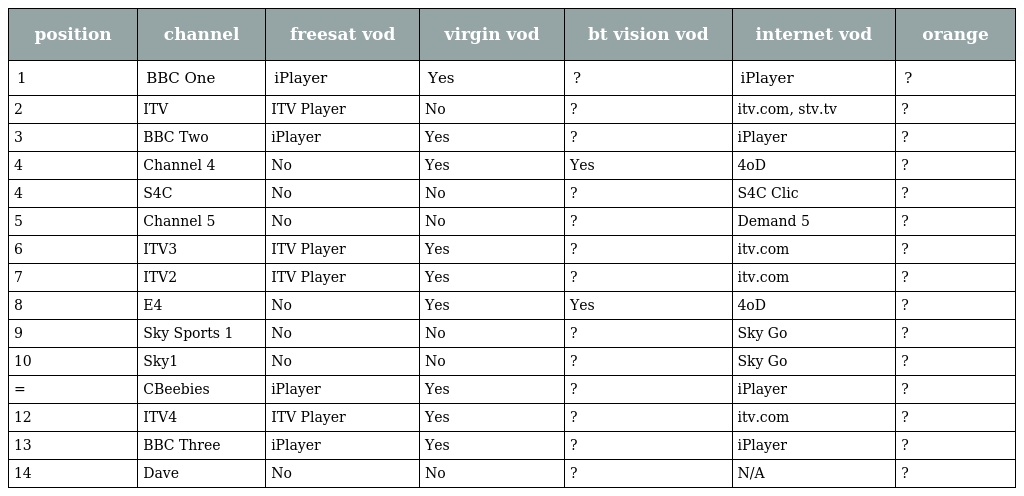
| position | channel | freesat vod | virgin vod | bt vision vod | internet vod | orange |
 | --- | --- | --- | --- | --- | --- | --- |
 | 1 | BBC One | iPlayer | Yes | ? | iPlayer | ? |
 | 2 | ITV | ITV Player | No | ? | itv.com, stv.tv | ? |
 | 3 | BBC Two | iPlayer | Yes | ? | iPlayer | ? |
 | 4 | Channel 4 | No | Yes | Yes | 4oD | ? |
 | 4 | S4C | No | No | ? | S4C Clic | ? |
 | 5 | Channel 5 | No | No | ? | Demand 5 | ? |
 | 6 | ITV3 | ITV Player | Yes | ? | itv.com | ? |
 | 7 | ITV2 | ITV Player | Yes | ? | itv.com | ? |
 | 8 | E4 | No | Yes | Yes | 4oD | ? |
 | 9 | Sky Sports 1 | No | No | ? | Sky Go | ? |
 | 10 | Sky1 | No | No | ? | Sky Go | ? |
 | = | CBeebies | iPlayer | Yes | ? | iPlayer | ? |
 | 12 | ITV4 | ITV Player | Yes | ? | itv.com | ? |
 | 13 | BBC Three | iPlayer | Yes | ? | iPlayer | ? |
 | 14 | Dave | No | No | ? | N/A | ? |